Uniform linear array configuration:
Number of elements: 48
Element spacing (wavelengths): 1
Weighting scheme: blackman
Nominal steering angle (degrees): -60
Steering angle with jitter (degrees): -61.34
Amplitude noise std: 0.05
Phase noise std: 0.05

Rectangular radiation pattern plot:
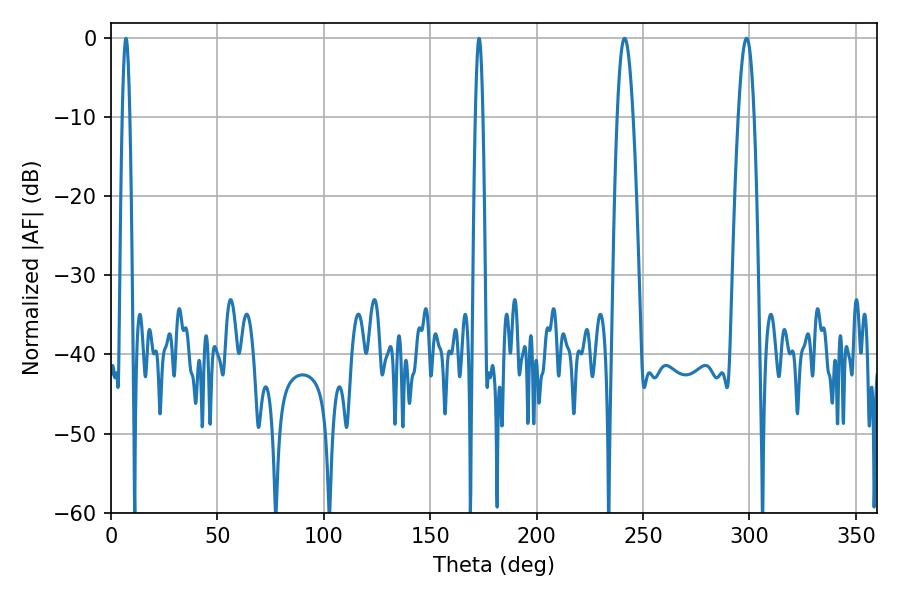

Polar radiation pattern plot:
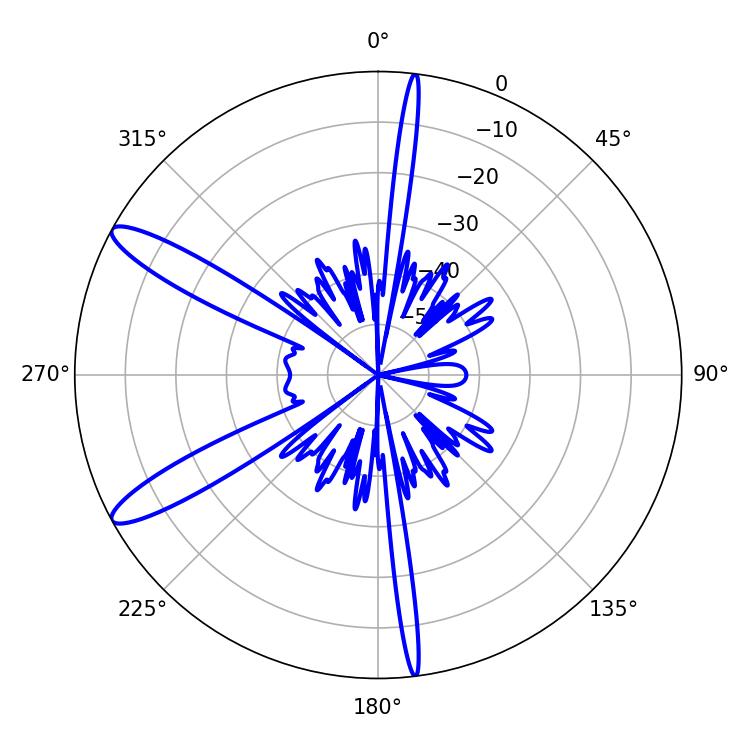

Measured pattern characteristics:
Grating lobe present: TRUE
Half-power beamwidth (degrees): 1.8
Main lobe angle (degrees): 7.02